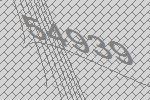
54939